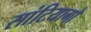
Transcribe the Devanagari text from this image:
सांटियागो